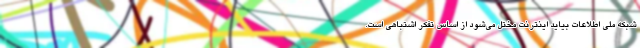
شبکه ملی اطلاعات بیاید اینترنت مختل می‌شود از اساس تفکر اشتباهی است.